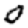
Digit: 0